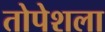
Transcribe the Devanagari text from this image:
तोपेशला